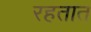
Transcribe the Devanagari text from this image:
रहतात